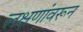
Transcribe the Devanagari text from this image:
लक्षणांवरून